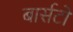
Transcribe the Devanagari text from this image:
बार्सटो